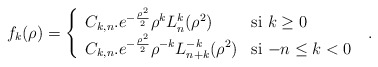
\begin{align*}f_{k}(\rho)=\left\{\begin{array}{ll} C_{k,n}.e^{-\frac{\rho^{2}}{2}}\rho^{k}L_{n}^{k}(\rho^{2}) & \textrm{si $k \geq 0$}\\ C_{k,n}.e^{-\frac{\rho^{2}}{2}}\rho^{-k}L_{n+k}^{-k}(\rho^{2}) &\textrm{si $-n \leq k <0$}\ \end{array}\right. .\end{align*}